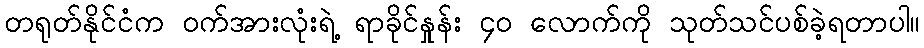
တရုတ်နိုင်ငံက ဝက်အားလုံးရဲ့ ရာခိုင်နှုန်း ၄၀ လောက်ကို သုတ်သင်ပစ်ခဲ့ရတာပါ။